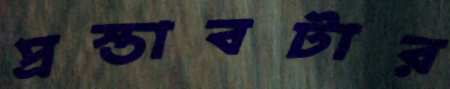
প্রস্তাবটার